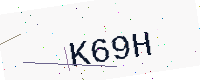
Text: K69H